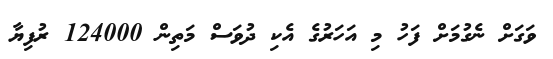
ވަގަށް ނެގުމަށް ފަހު މި އަހަރުގެ އެކި ދުވަސް މަތިން 124000 ރުފިޔާ